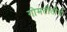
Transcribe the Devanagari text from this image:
गोमतीतीर्थ